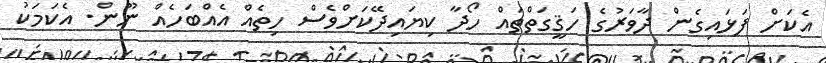
އެކަށް ފަޅައިގެން ދާވަރުގެ ހަޤީގަތްތައް ހޯދާ ކިޔައިދޭކަށްވެސް ހިތެއް އެއްބަހެއް ނޫން. އެކަމަކު